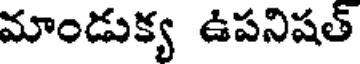
మాండుక్య ఉపనిషత్